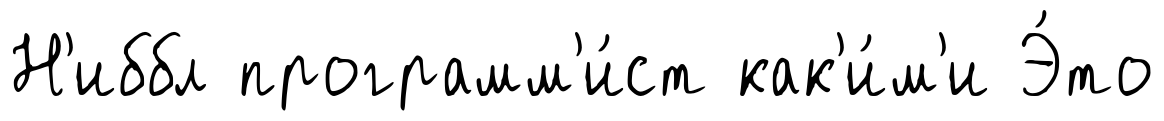
Н'иббл программ'и́ст как'и́м'и Э́то